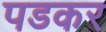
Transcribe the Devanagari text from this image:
पडकर